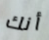
أنك